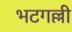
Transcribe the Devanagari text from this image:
भटगल्ली